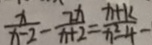
\frac { x } { x - 2 } - \frac { 7 x } { x + 2 } = \frac { x + k } { x ^ { 2 } - 4 } -